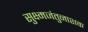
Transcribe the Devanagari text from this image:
सुक्ष्मजंतुनाशक